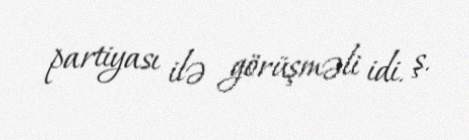
partiyası ilə görüşməli idi. ş.